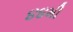
૪૪મી